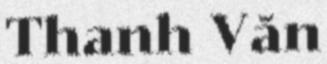
Thanh Văn